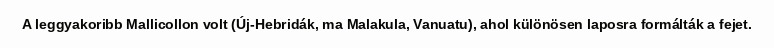
A leggyakoribb Mallicollon volt (Új-Hebridák, ma Malakula, Vanuatu), ahol különösen laposra formálták a fejet.